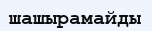
шашырамайды